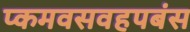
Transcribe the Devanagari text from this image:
प्कमवसवहपबंस